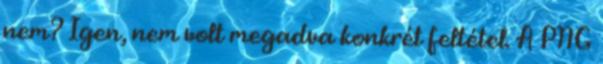
nem? Igen, nem volt megadva konkrét feltétel. A PNG